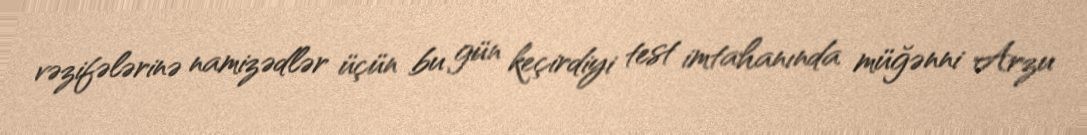
vəzifələrinə namizədlər üçün bu gün keçirdiyi test imtahanında müğənni Arzu